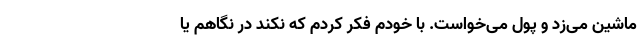
ماشین می‌زد و پول می‌خواست. با خودم فکر کردم که نکند در نگاهم یا